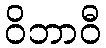
ဝိဘာဝီ